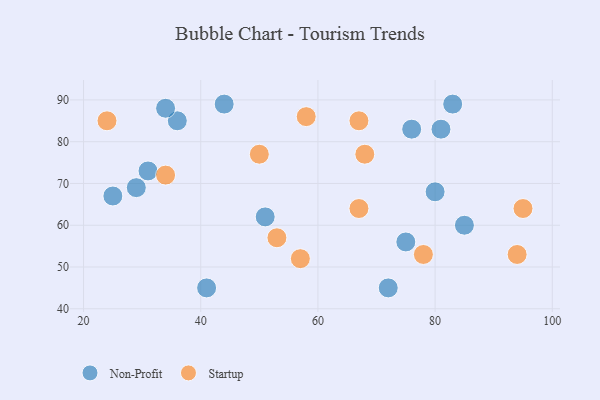
{"axis": {"x": "GDP", "y": "Life Expectancy"}, "legend": ["Non-Profit", "Startup"], "data": [{"x": "51", "y": 62, "type": "Non-Profit"}, {"x": "25", "y": 67, "type": "Non-Profit"}, {"x": "80", "y": 68, "type": "Non-Profit"}, {"x": "31", "y": 73, "type": "Non-Profit"}, {"x": "83", "y": 89, "type": "Non-Profit"}, {"x": "81", "y": 83, "type": "Non-Profit"}, {"x": "29", "y": 69, "type": "Non-Profit"}, {"x": "41", "y": 45, "type": "Non-Profit"}, {"x": "76", "y": 83, "type": "Non-Profit"}, {"x": "72", "y": 45, "type": "Non-Profit"}, {"x": "36", "y": 85, "type": "Non-Profit"}, {"x": "85", "y": 60, "type": "Non-Profit"}, {"x": "75", "y": 56, "type": "Non-Profit"}, {"x": "44", "y": 89, "type": "Non-Profit"}, {"x": "34", "y": 88, "type": "Non-Profit"}, {"x": "95", "y": 64, "type": "Startup"}, {"x": "67", "y": 85, "type": "Startup"}, {"x": "53", "y": 57, "type": "Startup"}, {"x": "68", "y": 77, "type": "Startup"}, {"x": "94", "y": 53, "type": "Startup"}, {"x": "57", "y": 52, "type": "Startup"}, {"x": "24", "y": 85, "type": "Startup"}, {"x": "67", "y": 64, "type": "Startup"}, {"x": "78", "y": 53, "type": "Startup"}, {"x": "34", "y": 72, "type": "Startup"}, {"x": "58", "y": 86, "type": "Startup"}, {"x": "50", "y": 77, "type": "Startup"}]}